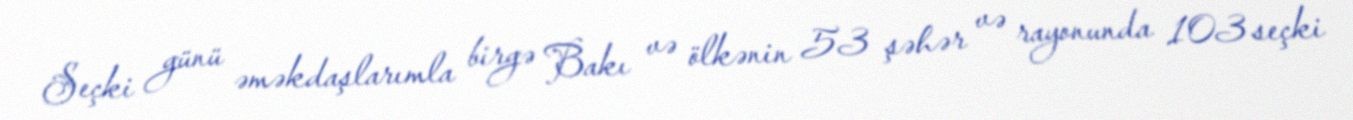
Seçki günü əməkdaşlarımla birgə Bakı və ölkənin 53 şəhər və rayonunda 103 seçki